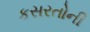
કસરતોની